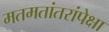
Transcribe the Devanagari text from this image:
मतमतांतरांपेक्षा